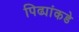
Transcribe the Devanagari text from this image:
पिढ्यांकडे